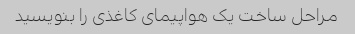
مراحل ساخت یک هواپیمای کاغذی را بنویسید